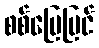
စစ်မြေပြင်